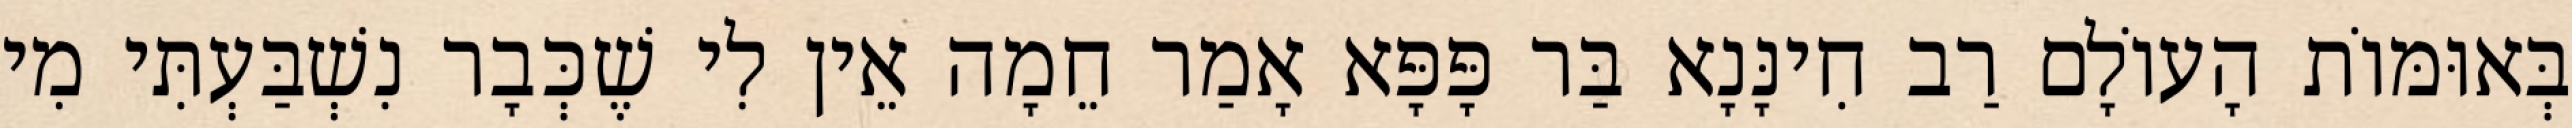
בְּאוּמּוֹת הָעוֹלָם רַב חִינָּנָא בַּר פָּפָּא אָמַר חֵמָה אֵין לִי שֶׁכְּבָר נִשְׁבַּעְתִּי מִי